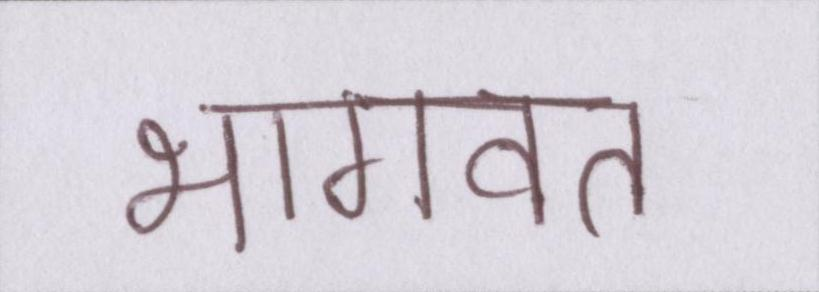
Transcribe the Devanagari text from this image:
भागवत